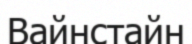
Вайнстайн